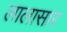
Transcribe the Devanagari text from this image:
लालासार